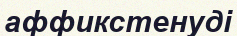
аффикстенуді